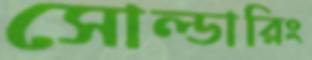
সোল্ডারিং